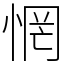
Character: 惘